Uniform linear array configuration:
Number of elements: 64
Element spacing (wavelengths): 0.5
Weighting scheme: hamming
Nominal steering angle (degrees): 45
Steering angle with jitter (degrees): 43.467
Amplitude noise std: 0.05
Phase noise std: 0.05

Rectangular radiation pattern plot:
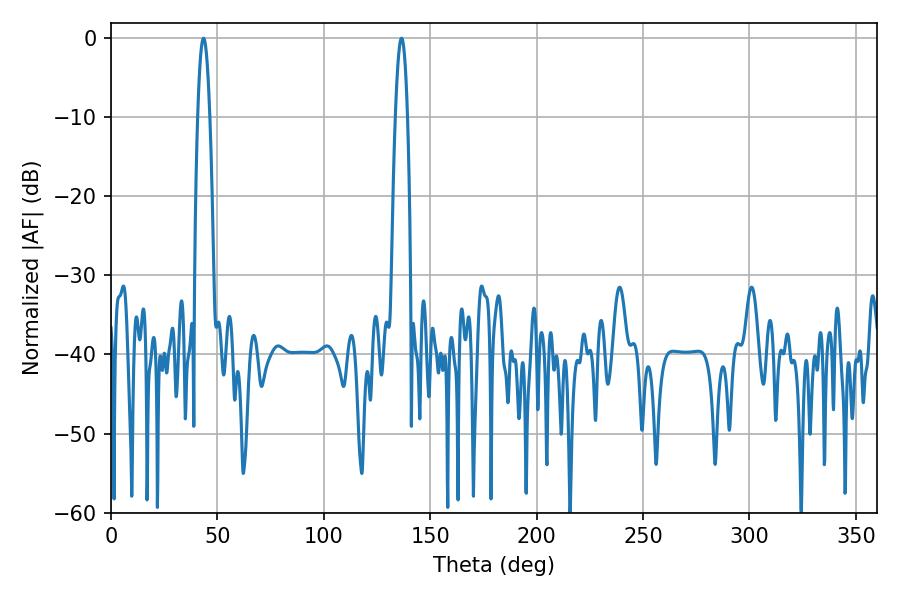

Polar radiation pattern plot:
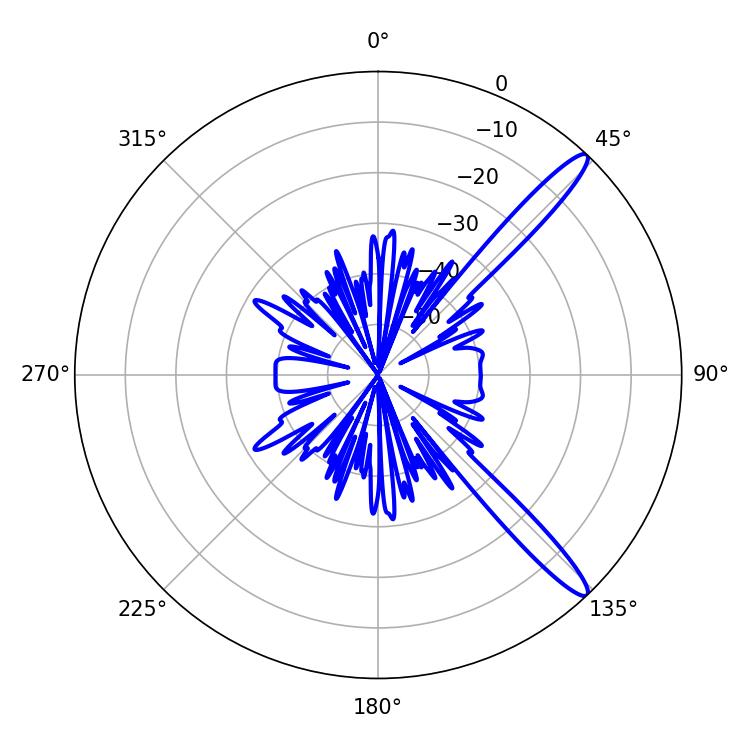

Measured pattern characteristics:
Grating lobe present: FALSE
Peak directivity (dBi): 13.864
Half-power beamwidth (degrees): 3.06
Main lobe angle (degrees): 136.44